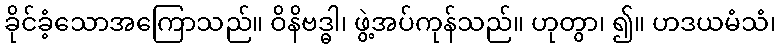
ခိုင်ခံ့သောအကြောသည်။ ဝိနိဗဒ္ဓါ၊ ဖွဲ့အပ်ကုန်သည်။ ဟုတွာ၊ ၍။ ဟဒယမံသံ၊